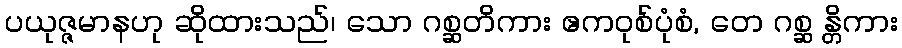
ပယုဇ္ဇမာနဟု ဆိုထားသည်၊ သော ဂစ္ဆတိကား ဧကဝုစ်ပုံစံ, တေ ဂစ္ဆ န္တိကား